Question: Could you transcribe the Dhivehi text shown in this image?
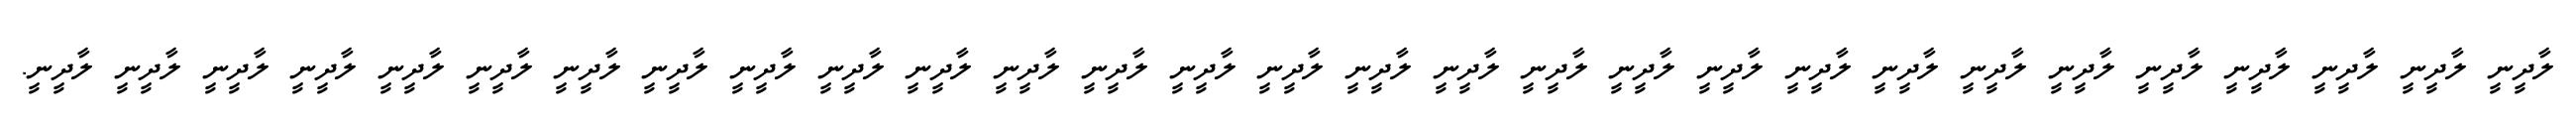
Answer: ލާދީނީ ލާދީނީ ލާދީނީ ލާދީނީ ލާދީނީ ލާދީނީ ލާދީނީ ލާދީނީ ލާދީނީ ލާދީނީ ލާދީނީ ލާދީނީ ލާދީނީ ލާދީނީ ލާދީނީ ލާދީނީ ލާދީނީ ލާދީނީ ލާދީނީ ލާދީނީ ލާދީނީ ލާދީނީ ލާދީނީ ލާދީނީ ލާދީނީ ލާދީނީ ލާދީނީ ލާދީނީ ލާދީނީ.